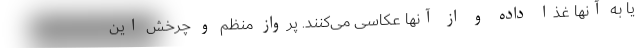
یا به آنها غذا داده و از آنها عکاسی می‌کنند. پرواز منظم و چرخش این